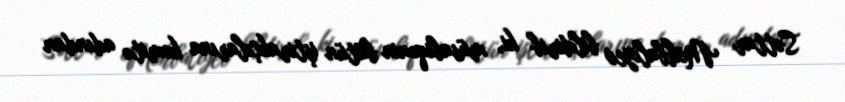
Səttar Möhbalıyev bildirib ki, müsabiqənin bütün iştirakçılarına komitə adından